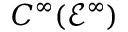
C ^ { \infty } ( { \mathcal { E } } ^ { \infty } )